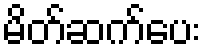
မိတ်ဆက်ပေး